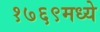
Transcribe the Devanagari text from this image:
१७६९मध्ये